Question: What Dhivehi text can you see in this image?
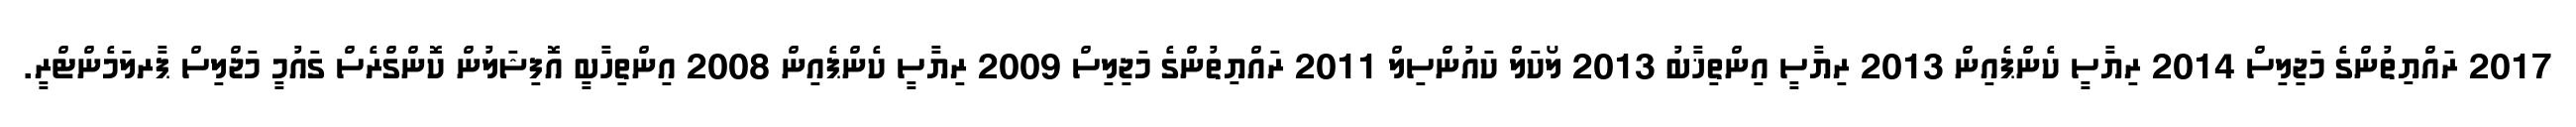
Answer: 2017 ރައްޔިތުންގެ މަޖިލިސް 2014 ރިޔާސީ ކެންޕެއިން 2013 ރިޔާސީ އިންތިޚާބު 2013 ލޯކަލް ކައުންސިލް 2011 ރައްޔިތުންގެ މަޖިލިސް 2009 ރިޔާސީ ކެންޕެއިން 2008 އިންތިހާބީ އޮފިޝަލުން ކޮންގްރެސް ގައުމީ މަޖްލިސް ޕާރލަމެންޓްރީ.